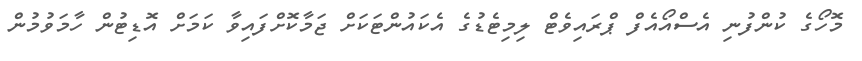
މޮހޯގެ ކުންފުނި އެސްއޯއެފް ޕްރައިވެޓް ލިމިޓެޑުގެ އެކައުންޓަކަށް ޖަމާކޮށްފައިވާ ކަމަށް އޮޑިޓުން ހާމަވުމުން